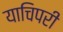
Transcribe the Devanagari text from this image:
याचिपरी